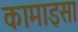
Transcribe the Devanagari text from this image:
कामाइसा